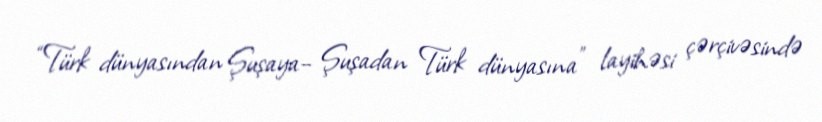
“Türk dünyasından Şuşaya– Şuşadan Türk dünyasına” layihəsi çərçivəsində